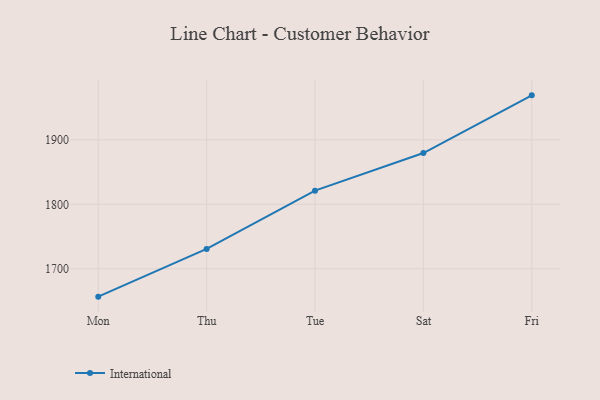
{"axis": {"x": "Day", "y": "Churn Rate (%)"}, "legend": ["International"], "data": [{"x": "Mon", "y": 1656.7, "type": "International"}, {"x": "Thu", "y": 1730.7, "type": "International"}, {"x": "Tue", "y": 1821.2, "type": "International"}, {"x": "Sat", "y": 1879.6, "type": "International"}, {"x": "Fri", "y": 1969.1, "type": "International"}]}